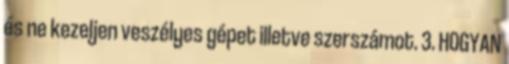
és ne kezeljen veszélyes gépet illetve szerszámot. 3. HOGYAN